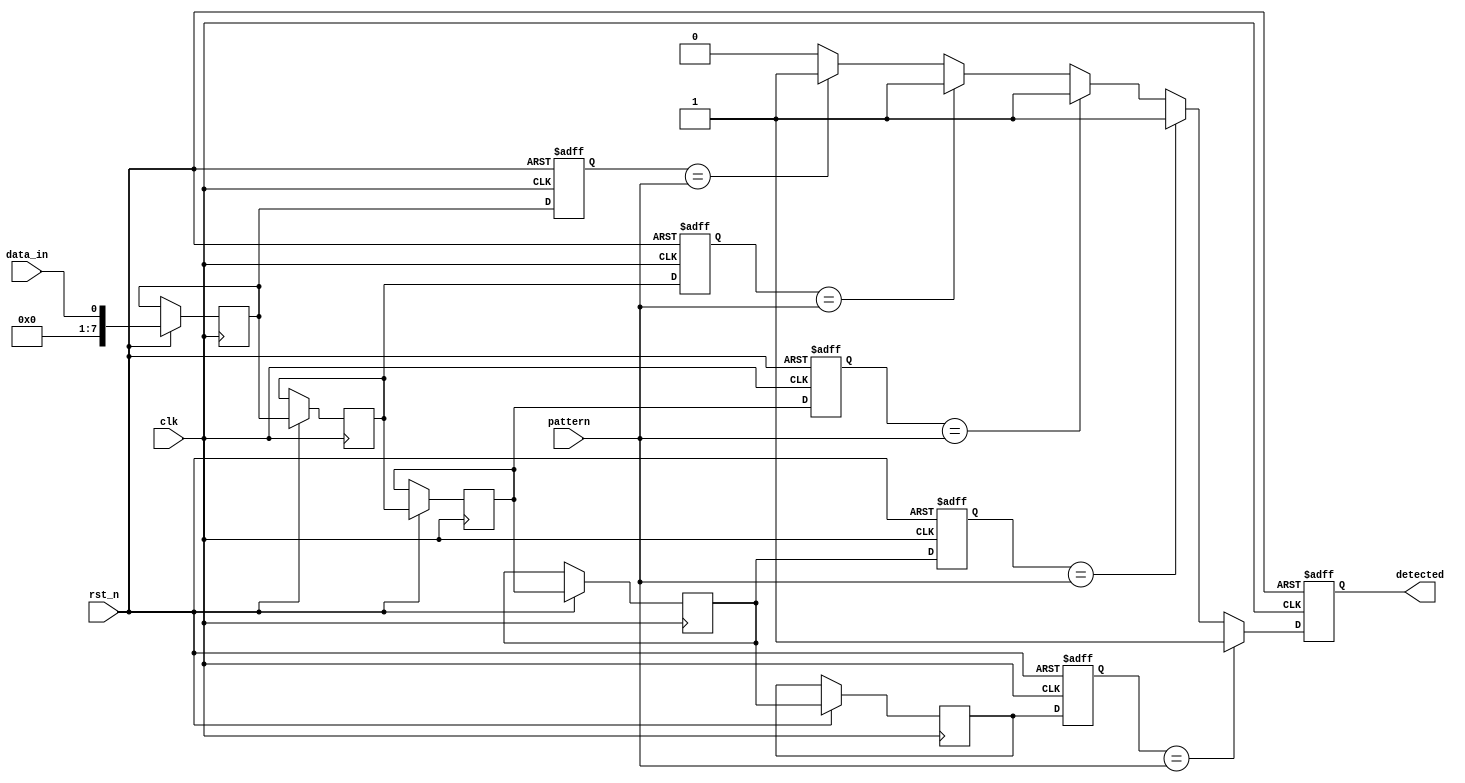
module MemoryBlocksSamplingDelayLineDetector #(
    parameter NUM_MEMORY_BLOCKS = 8, // Number of memory blocks
    parameter PATTERN_WIDTH = 4       // Width of the pattern to detect
)(
    input wire clk,                   // Clock signal
    input wire rst_n,                 // Active low reset
    input wire data_in,               // Incoming data stream
    input wire [PATTERN_WIDTH-1:0] pattern, // Pattern to detect
    output reg detected               // Detection output
);

    // Memory blocks to store sampled signals
    reg [NUM_MEMORY_BLOCKS - 1:0] memory_blocks [0:NUM_MEMORY_BLOCKS - 1];
    reg [NUM_MEMORY_BLOCKS - 1:0] delay_line [0:NUM_MEMORY_BLOCKS - 1];

    integer i;

    // Sampling process with delay line
    always @(posedge clk or negedge rst_n) begin
        if (!rst_n) begin
            // Reset memory blocks to zero
            for (i = 0; i < NUM_MEMORY_BLOCKS; i = i + 1) begin
                memory_blocks[i] <= 1'b0;
            end
            detected <= 1'b0; // Reset detection output
        end else begin
            // Shift in the new data into the delay line
            for (i = NUM_MEMORY_BLOCKS - 1; i > 0; i = i - 1) begin
                delay_line[i] <= delay_line[i - 1];
            end
            delay_line[0] <= data_in;

            // Sample the signal into memory blocks
            for (i = 0; i < NUM_MEMORY_BLOCKS; i = i + 1) begin
                memory_blocks[i] <= delay_line[i];
            end

            // Comparison logic to detect the pattern
            detected <= 1'b0; // Reset detected signal
            for (i = 0; i <= NUM_MEMORY_BLOCKS - PATTERN_WIDTH; i = i + 1) begin
                if (memory_blocks[i] == pattern) begin
                    detected <= 1'b1; // Set detected if pattern matches
                end
            end
        end
    end

endmodule